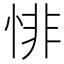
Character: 悱